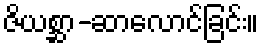
ဇိယစ္ဆာ-ဆာလောင်ခြင်း။